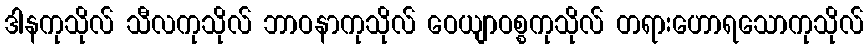
ဒါနကုသိုလ် သီလကုသိုလ် ဘာဝနာကုသိုလ် ဝေယျာဝစ္စကုသိုလ် တရားဟောရသောကုသိုလ်